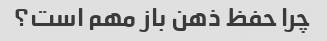
چرا حفظ ذهن باز مهم است؟